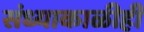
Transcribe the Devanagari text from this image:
संध्याकाळीही